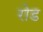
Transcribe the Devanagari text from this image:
रोड